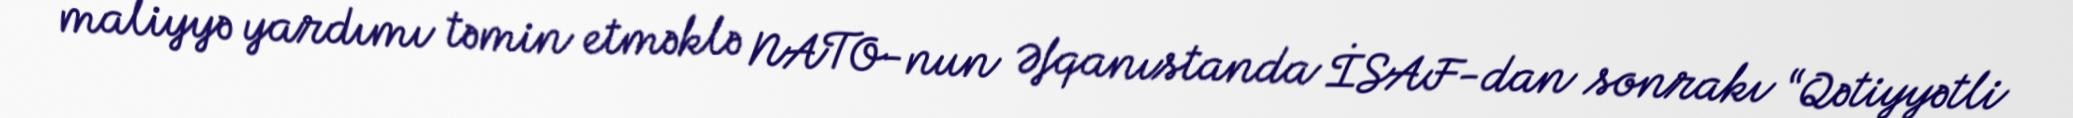
maliyyə yardımı təmin etməklə NATO-nun Əfqanıstanda İSAF-dan sonrakı “Qətiyyətli